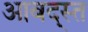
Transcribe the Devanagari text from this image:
आबद्स्त